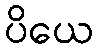
ပိယေ